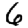
Digit: 6